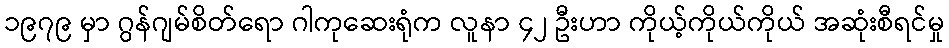
၁၉၇၉ မှာ ဂွန်ဂျမ်စိတ်ရော ဂါကုဆေးရုံက လူနာ ၄၂ ဦးဟာ ကိုယ့်ကိုယ်ကိုယ် အဆုံးစီရင်မှု